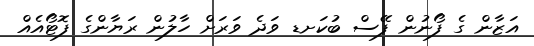
އަޒާން ގެ ފޯނުން ފޭސް ބުކަށޑ ވަދެ ވަރަށް ހާލުން ރަޔާންގެ ފޮޓޯއެއް